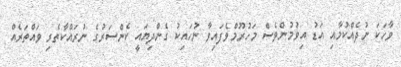
ވާހަކަ ނުުދެއްކުމާއި އަޑު އިވުމުންވެސް މަހުރޫމްވެފައިވާ ނުހައިކު ގެންދިޔައީ ކެންސަރުގެ ނުރައްކާތެރި ވައްތަރެއް